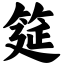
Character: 筵